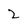
Character: 2